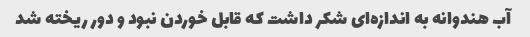
آب هندوانه به اندازه‌ای شکر داشت که قابل خوردن نبود و دور ریخته شد